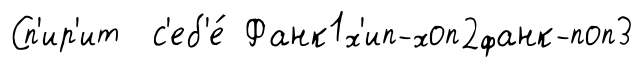
Сп'ир'ит с'еб'е́ Фанк1х'ип-хоп2фанк-поп3